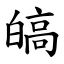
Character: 皜